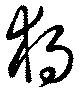
獨